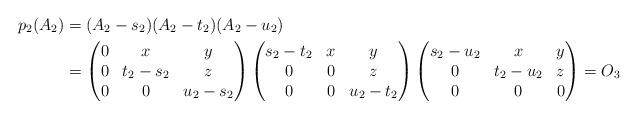
LaTeX: \begin{align*}p_2(A_2) &= (A_2 - s_2)(A_2 - t_2)(A_2 - u_2)\\&=\begin{pmatrix}0 & x & y\\ 0 & t_2-s_2 & z\\ 0 & 0 & u_2-s_2\end{pmatrix} \begin{pmatrix}s_2-t_2 & x & y\\ 0 & 0 & z\\ 0 & 0 & u_2-t_2\end{pmatrix} \begin{pmatrix}s_2-u_2 & x & y\\ 0 & t_2-u_2 & z\\ 0 & 0 & 0\end{pmatrix} = O_3\end{align*}